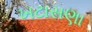
ખટાસણા